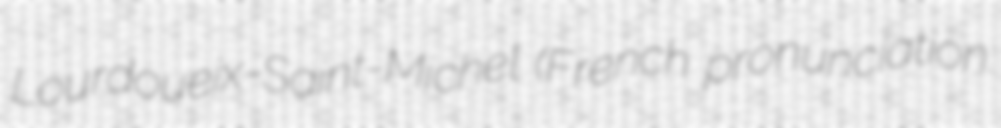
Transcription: Lourdoueix-Saint-Michel (French pronunciation: